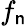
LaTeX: f_{\mathsf{n}}